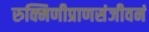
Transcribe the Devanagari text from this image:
रुक्मिणीप्राणसंजीवनं